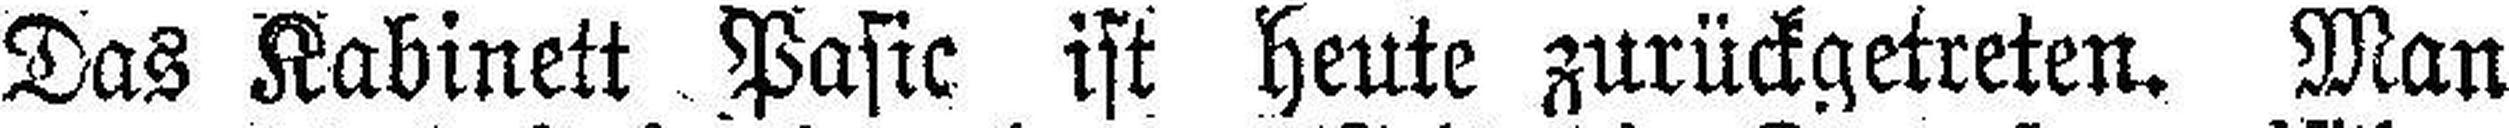
Das Kabinett Pasic ist heute zurückgetreten. Man